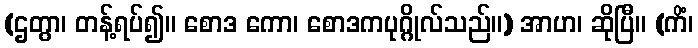
(ဌတွာ၊ တန့်ရပ်၍။ စောဒ ကော၊ စောဒကပုဂ္ဂိုလ်သည်။) အာဟ၊ ဆိုပြီ။ (ကိံ၊